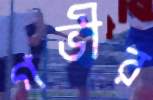
গভীর